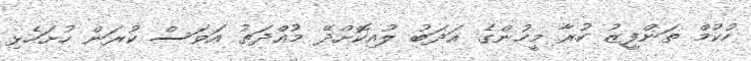
ހުކުމް ތަންފީޒު ކުރާ މީހުންގެ އަދަބު ލުއިކޮށްދޭ މުއްދަތު އަވަސް ކުރަން ހުށަހެޅި